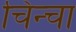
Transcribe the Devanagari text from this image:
चिन्चा